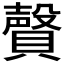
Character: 𰷎